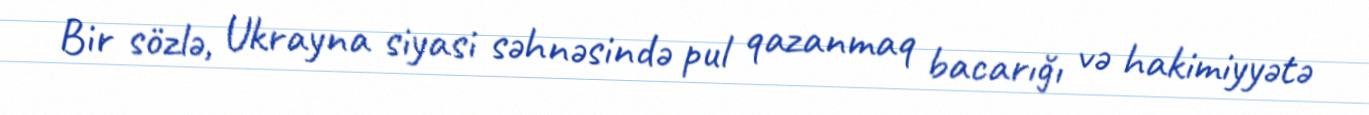
Bir sözlə, Ukrayna siyasi səhnəsində pul qazanmaq bacarığı və hakimiyyətə